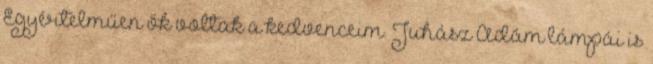
Egyértelműen ők voltak a kedvenceim. Juhász Ádám lámpái is